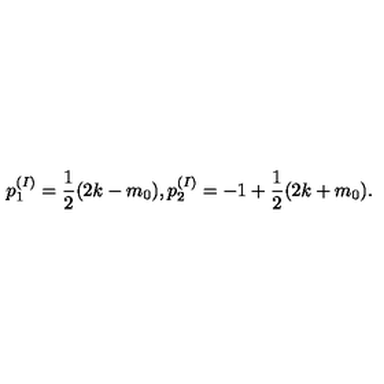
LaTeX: p _ { 1 } ^ { ( I ) } = \frac { 1 } { 2 } ( 2 k - m _ { 0 } ) , p _ { 2 } ^ { ( I ) } = - 1 + \frac { 1 } { 2 } ( 2 k + m _ { 0 } ) .